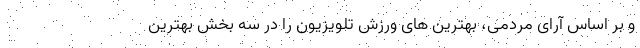
و بر اساس آرای مردمی، بهترین های ورزش تلویزیون را در سه بخش بهترین